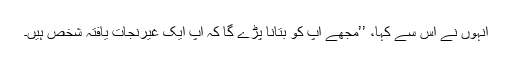
اُنہوں نے اُس سے کہا، ’’مجھے آپ کو بتانا پڑے گا کہ آپ ایک غیرنجات یافتہ شخص ہیں۔